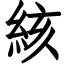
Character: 絯